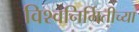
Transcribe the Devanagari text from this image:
विश्वनिर्मितीच्या